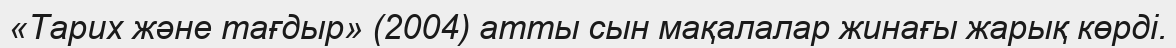
«Тарих және тағдыр» (2004) атты сын мақалалар жинағы жарық көрдi.